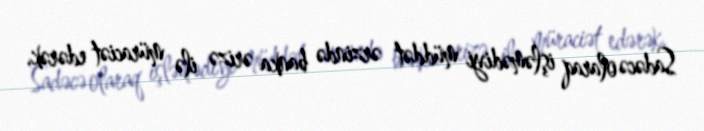
Sadəcə olaraq işləmədiyi müddət ərzində banka ərizə ilə müraciət edərək,